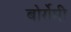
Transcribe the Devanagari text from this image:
बोर्रोमी